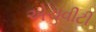
એચવીટી